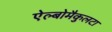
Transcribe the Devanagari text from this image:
ऐल्बोमैकुलटा